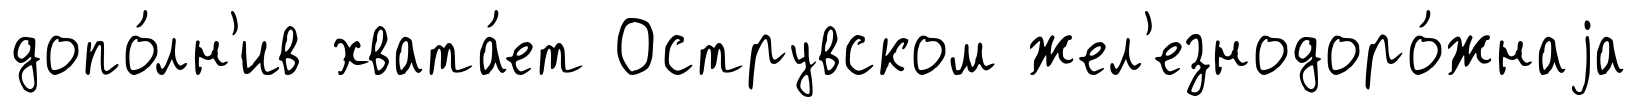
допо́лн'ив хвата́ет Острувском жел'езнодоро́жнаjа